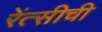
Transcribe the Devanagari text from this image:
रेंत्सीची